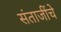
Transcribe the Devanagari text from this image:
संताजींचे